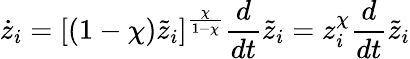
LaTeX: \dot{z}_{i}=[(1-\chi)\tilde{z}_{i}]^{\frac{\chi}{1-\chi}}\frac{d}{dt}\tilde{z}_{i}=z_{i}^{\chi}\frac{d}{dt}\tilde{z}_{i}